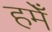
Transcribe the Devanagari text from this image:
हमेँ